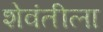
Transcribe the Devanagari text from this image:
शेवंतीला